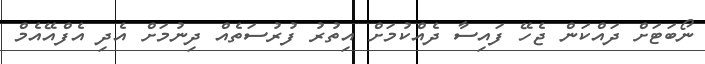
ނޯބަޓަށް ދައްކަން ޖެހޭ ފައިސާ ދެއްކުމަށް އިތުރު ފުރުސަތެއް ދިނުމަށް އެދި އެފްއޭއެމް